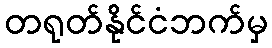
တရုတ်နိုင်ငံဘက်မှ